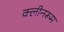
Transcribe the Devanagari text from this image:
क्लीनरूम